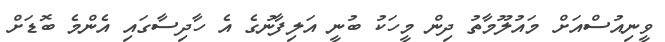
ވީނިއުސްއަށް މައުލޫމާތު ދިން މީހަކު ބުނީ އަލިފާނުގެ އެ ހާދިސާގައި އެންމެ ބޮޑަށް